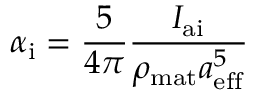
\alpha _ { \mathrm { i } } = \frac { 5 } { 4 \pi } \frac { I _ { \mathrm { a i } } } { \rho _ { \mathrm { m a t } } a _ { \mathrm { e f f } } ^ { 5 } }